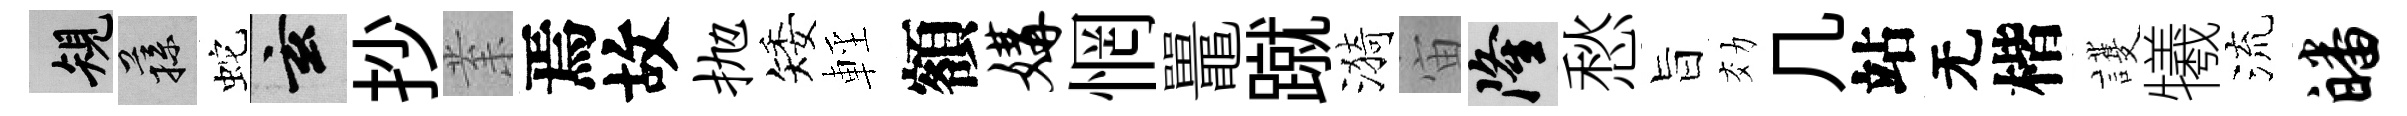
規蓀蛇玄抄𭪙焉故抛矮輕額媾惘鼉蹴漪宙隆愁旨効几站无楷護犧流皤